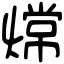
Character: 龦